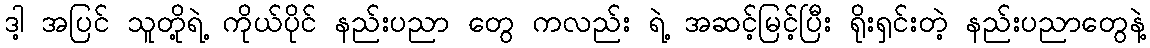
ဒါ့ အပြင် သူတို့ရဲ့ ကိုယ်ပိုင် နည်းပညာ တွေ ကလည်း ရဲ့ အဆင့်မြင့်ပြီး ရိုးရှင်းတဲ့ နည်းပညာတွေနဲ့